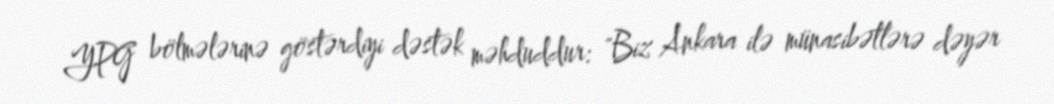
YPG bölmələrinə göstərdiyi dəstək məhduddur: "Biz Ankara ilə münasibətlərə dəyər